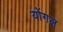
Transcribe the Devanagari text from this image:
योंगल